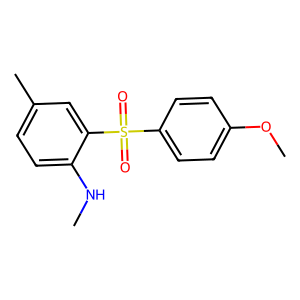
SMILES: CNc1ccc(C)cc1S(=O)(=O)c1ccc(OC)cc1
Inhibits HIV replication: No